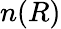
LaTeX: n(R)